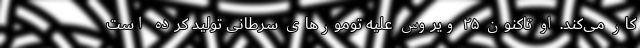
کار می‌کند. او تاکنون ۲۵ ویروس علیه تومور‌های سرطانی تولید کرده است